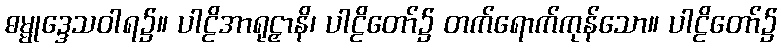
ဓမ္မုဒ္ဒေသဝါရ၌။ ပါဠိအာရုဠှာနိ၊ ပါဠိတော်၌ တက်ရောက်ကုန်သော။ ပါဠိတော်၌